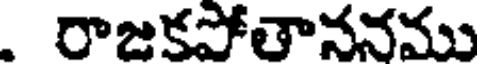
. రాజకపోతాననము